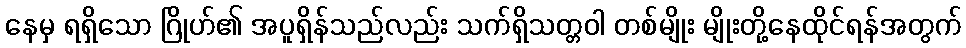
နေမှ ရရှိသော ဂြိုဟ်၏ အပူရှိန်သည်လည်း သက်ရှိသတ္တဝါ တစ်မျိုး မျိုးတို့နေထိုင်ရန်အတွက်